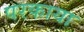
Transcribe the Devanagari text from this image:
परकाया